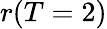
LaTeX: r(T=2)